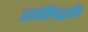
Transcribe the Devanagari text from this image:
अंत्येष्टिपद्धतींत